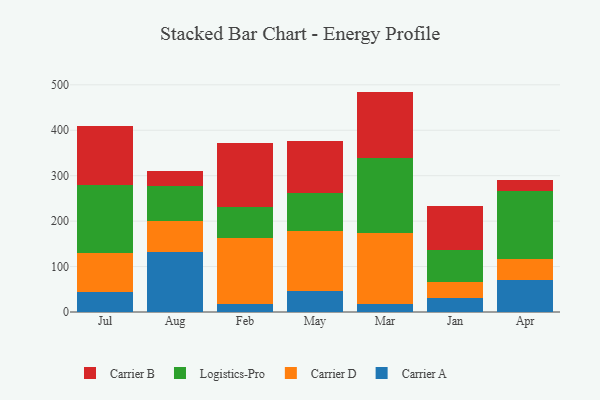
{"axis": {"x": "Month", "y": "Operating Costs (USD K)"}, "legend": ["Carrier A", "Carrier B", "Carrier D", "Logistics-Pro"], "data": [{"x": "Jul", "y": 43.3, "type": "Carrier A"}, {"x": "Jul", "y": 86.3, "type": "Carrier D"}, {"x": "Jul", "y": 149.2, "type": "Logistics-Pro"}, {"x": "Jul", "y": 131.5, "type": "Carrier B"}, {"x": "Aug", "y": 132.7, "type": "Carrier A"}, {"x": "Aug", "y": 66.9, "type": "Carrier D"}, {"x": "Aug", "y": 77.1, "type": "Logistics-Pro"}, {"x": "Aug", "y": 34.3, "type": "Carrier B"}, {"x": "Feb", "y": 18.2, "type": "Carrier A"}, {"x": "Feb", "y": 144.5, "type": "Carrier D"}, {"x": "Feb", "y": 69.3, "type": "Logistics-Pro"}, {"x": "Feb", "y": 139.9, "type": "Carrier B"}, {"x": "May", "y": 45.9, "type": "Carrier A"}, {"x": "May", "y": 133.4, "type": "Carrier D"}, {"x": "May", "y": 83.0, "type": "Logistics-Pro"}, {"x": "May", "y": 113.8, "type": "Carrier B"}, {"x": "Mar", "y": 16.6, "type": "Carrier A"}, {"x": "Mar", "y": 157.3, "type": "Carrier D"}, {"x": "Mar", "y": 164.6, "type": "Logistics-Pro"}, {"x": "Mar", "y": 146.6, "type": "Carrier B"}, {"x": "Jan", "y": 31.7, "type": "Carrier A"}, {"x": "Jan", "y": 35.3, "type": "Carrier D"}, {"x": "Jan", "y": 69.4, "type": "Logistics-Pro"}, {"x": "Jan", "y": 98.0, "type": "Carrier B"}, {"x": "Apr", "y": 69.9, "type": "Carrier A"}, {"x": "Apr", "y": 45.7, "type": "Carrier D"}, {"x": "Apr", "y": 150.0, "type": "Logistics-Pro"}, {"x": "Apr", "y": 25.3, "type": "Carrier B"}]}